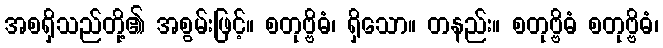
အစရှိသည်တို့၏ အစွမ်းဖြင့်။ စတုဗ္ဗိဓံ၊ ရှိသော။ တနည်း။ စတုဗ္ဗိဓံ စတုဗ္ဗိဓံ၊